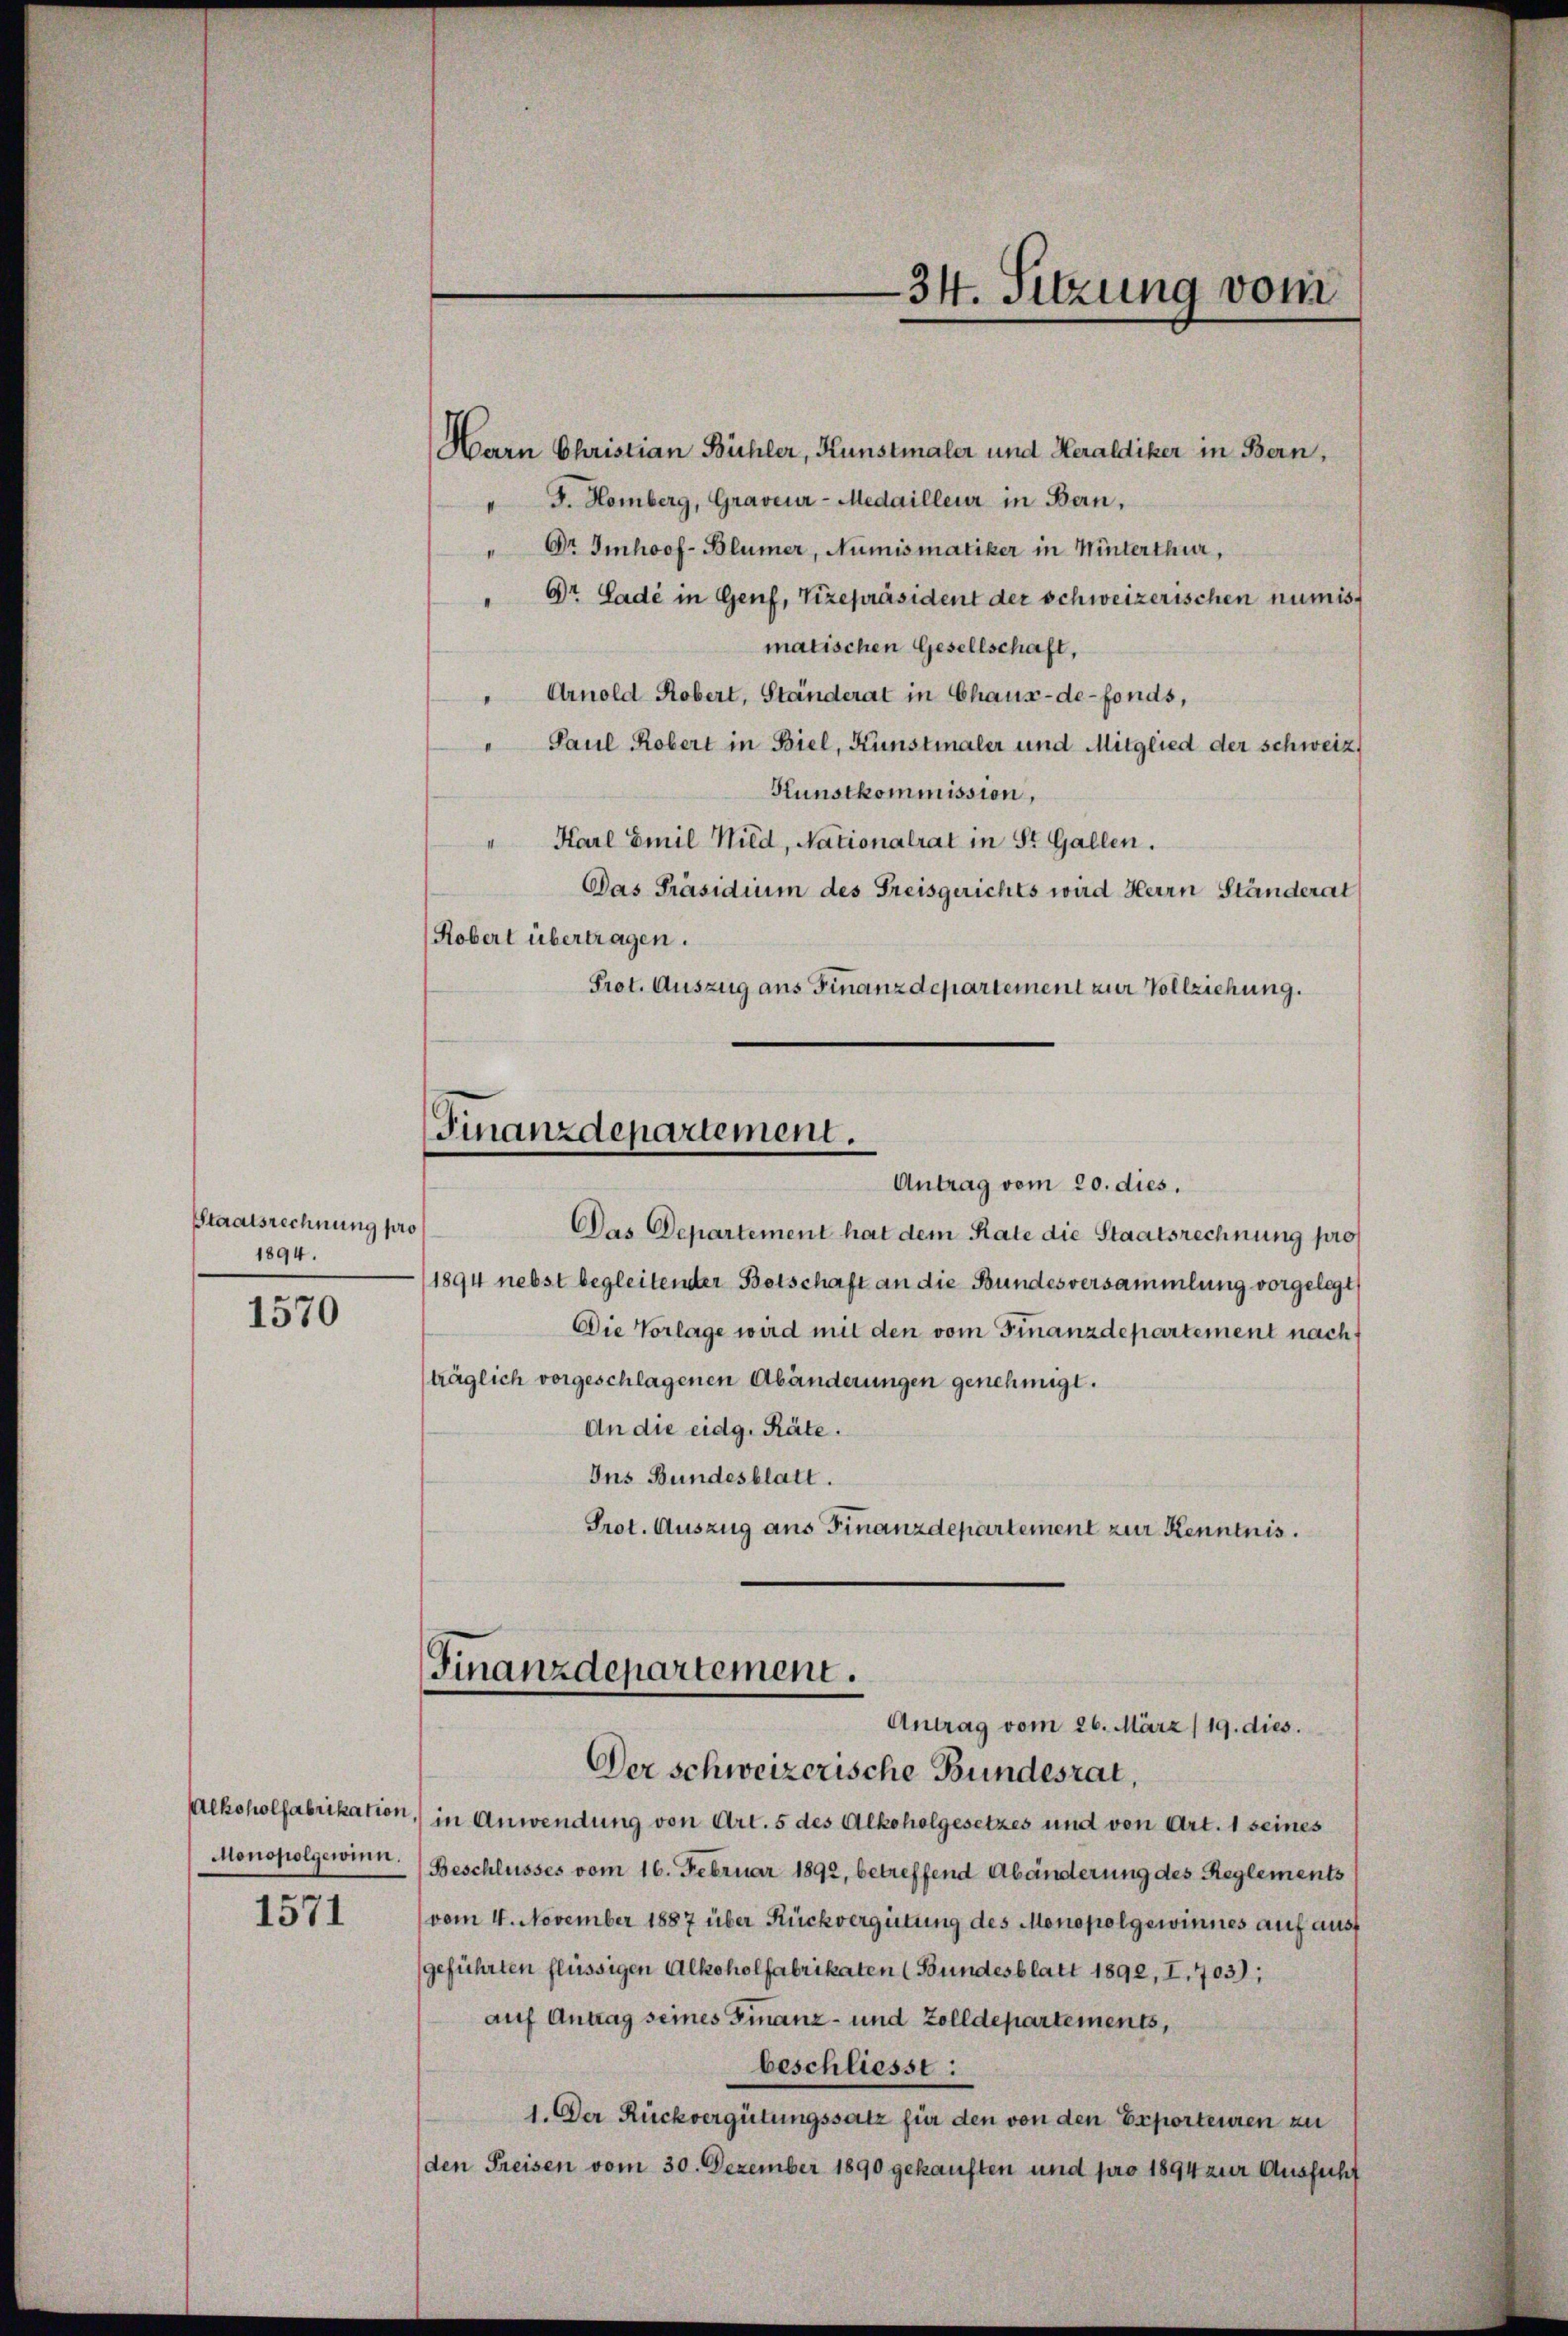
Staatsrechnung pro
1894.

1570

Monopolgewinn.

1571

—34. Sitzung vom

Harn Christian Bühler, Kunstmaler und Heraldiker in Bern,
" J. Homberg, Graveur-Medailleur in Bern,
" Dr. Imhoof-Blümer, Numismatiker in Winterthur,
" Dr. Lade in Genf, Vizepräsident der schweizerischen numismatischen Gesellschaft,
" Arnold Robert, Ständerat in Chaux-de-Fonds,
" Paul Robert in Biel, Kunstmaler und Mitglied der Schweiz
Kunstkommission,
Karl Emil Wild, Nationalrat in St. Gallen.
Das Präsidium des Freisgerichts wird Herrn Ständerat
Robert übertragen.
Prot. Auszug aus Finanzdepartement zur Vollziehung.
Finanzdepartement.
Antrag vom 20. dies.
Das Departement hat dem Rate die Staatsrechnung pro
1894 nebst begleitender Botschaft an die Bundesversammlung vorgelegt
Die Vorlage wird mit den vom Finanzdepartement nach
träglich vorgeschlagenen Abänderungen genehmigt.
An die eidg. Räte.
Ins Bundesblatt.
Prot. Auszug aus Finanzdepartement zur Kenntnis.

Finanzdepartement.
Antrag vom 26. März/19. dies.

Der schweizerische Bundesrat,
Alkoholfabrikation, in Anwendung von Art. 5 des Alkoholgesetzes und von Art. 1 seines
(Beschlusses vom 16. Februar 1892, betreffend Abänderung des Reglements
vom 4. November 1887 über Rückvergütung des Monopolgewinnes auf ausf
geführten flüssigen Alkoholfabrikaten (Bundesblatt 1892, I. 703);
auf Antrag seines Finanz- und Zolldepartements,
beschliesst:
1. Der Rückvergütungssatz für den von den Exporteuren zu
den Preisen vom 30. Dezember 1890 gekauften und pro 1894 zur Aussicht